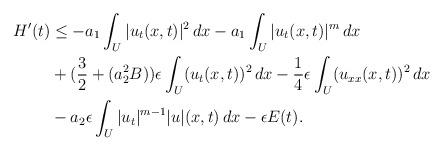
LaTeX: \begin{align*}H'(t) & \leq -a_1 \int_U |u_t(x,t)|^2 \, dx - a_1 \int_U |u_t(x,t)|^m \, dx \\ & + (\frac{3}{2} + (a_2^2 B))\epsilon \int_U (u_t(x,t))^2 \, dx - \frac{1}{4} \epsilon \int_U (u_{xx}(x,t))^2 \,dx \\ & - a_2 \epsilon \int_U |u_t|^{m-1}|u|(x,t) \, dx -\epsilon E(t).\end{align*}